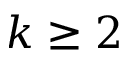
k \ge 2